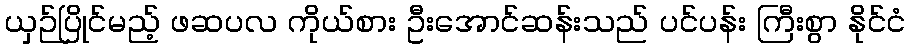
ယှဉ်ပြိုင်မည့် ဖဆပလ ကိုယ်စား ဦးအောင်ဆန်းသည် ပင်ပန်း ကြီးစွာ နိုင်ငံ